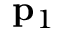
{ \bf p } _ { 1 }